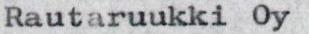
Rautaruukki Oy